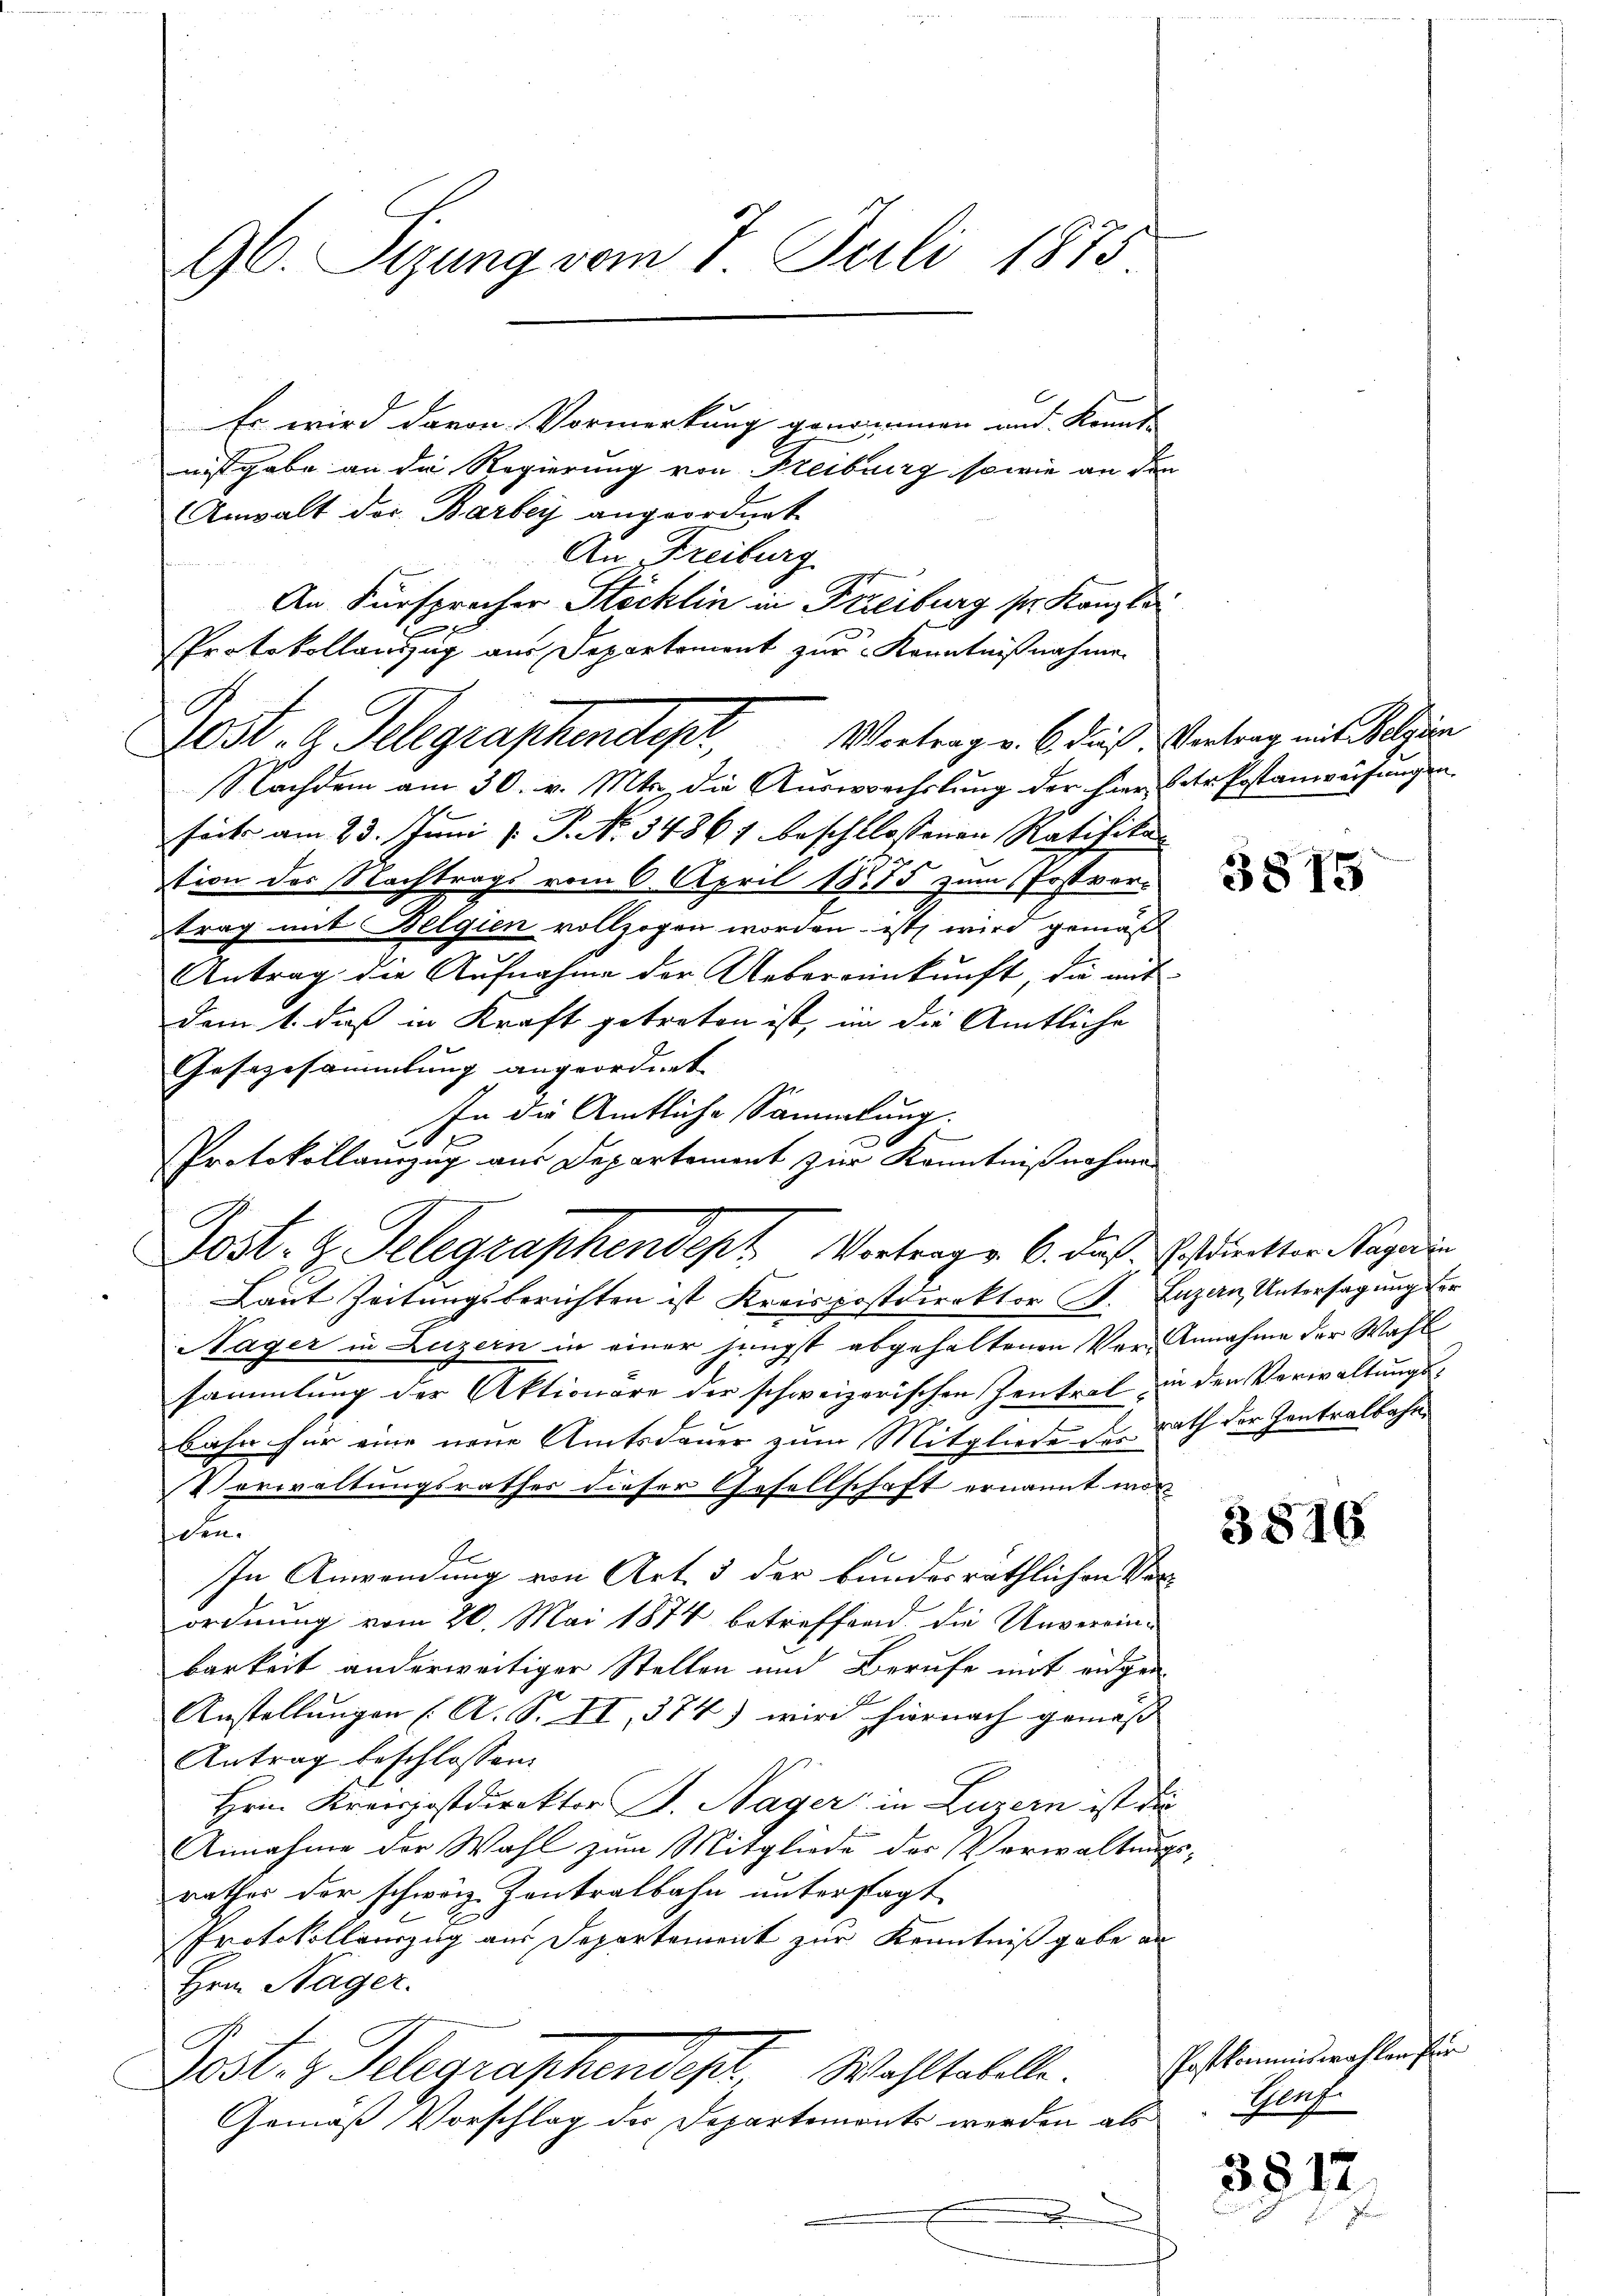
Es wird davon Vormerkung genommen und Kennt-
nisgabe an die Regierung von Freiburg sowie an den
Anwalt des Barbey angeordnet
An Freiburg
An Fürsprecher Stöcklin in Freiburg sr. Kanzle
Protokollauszug aus Departement zur Kenntnißnahme
E
Nachdem am 30. v. Mts., die Auswechslung der hier (der Postanwerfungen
seit am 23. Juni l. P. No. 34867 beschlossenen Ratifikation des Nachtrags vom 6. April 1875 zum Postvertrag mit Belgien vollzogen worden, ist wird gemäß
Antrag die Aufnahme der Uebereinkunft, die mitdem 1. dieß in Kraft getreten ist, in die Amtliche
Gesezesammlung angeordnet. |
In die Amtliche Sammlung.
Laut Zeitungsberichten ist Kreispostdirektor P. Luzern, Untersagung der
Nager in Luzern in einer jüngst abgehaltenen Vor- Annahme der Wahl
sammlung der Aktionäre der schweizerischen Zentral in den Verwaltungsbahn für eine neue Amtsdauer zum Mitgliede des Rath der Zentralbahn
Vorwaltungsrathes dieser Gesellschaft ernannt worden.
E
In Anwendung von Art. 3 der bundesräthlichen Ver-
ordnung vom 20. Mai 1874 betreffend, die Unverein-
barkeit anderweitiger Stellen und Berufe mit eidgen
Anstellungen (A. S. II, 374) wird hiernach gemäß
Antrag beschlossen:
Hrn Kreispostdirektor P. Nager in Luzern ist die
Annahme der Wahl zum Mitgliede der Verwaltungs-
rathes der schweiz Zentralbahn unterstagt
Protokollauszug aus Departement zur Kenntniß gabe an
Hrn. Nager.
Post- & Gelegraphendept. Wahltabelle.
Gemäß Vorschlag der Departemonts werden als

96. Sizung vom 7. Juli 1873

Dost. G. Telegraphendepr

Protokollauszug aus Departement zur Kenntnißnahme
Post. Z. Telegraphendept Vortrage 6. das Erstdirekter Nagedin

Vortrag v. 6. dieß, Vertrag mit Belgien

3815

3816

Postkommiswahlen für
Muhe

3817